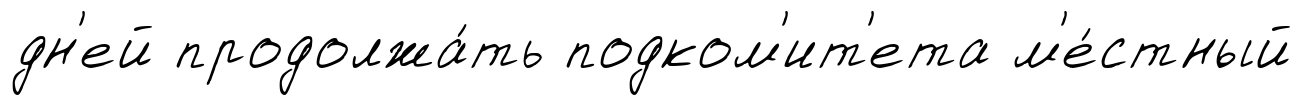
дн'ей продолжа́ть подком'ит'ета м'е́стный